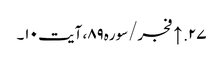
۲۷. ↑ فجر/سوره۸۹، آیت ۱۰۔